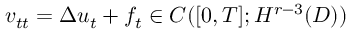
v _ { t t } = \Delta u _ { t } + f _ { t } \in C ( [ 0 , T ] ; H ^ { r - 3 } ( D ) )